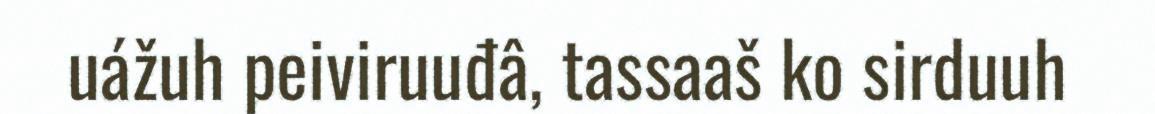
uážuh peiviruuđâ, tassaaš ko sirduuh